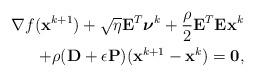
LaTeX: \begin{align*}\nabla f(\mathbf{x}^{k+1}) + \sqrt{\eta} \mathbf{E}_{}^T\boldsymbol{\nu}^k + \frac{\rho}{2} \mathbf{E}_{}^T\mathbf{E}_{}\mathbf{x}^k \\ + \rho(\mathbf{D} + \epsilon \mathbf{P})(\mathbf{x}^{k+1}-\mathbf{x}^k) = \mathbf{0}, \end{align*}